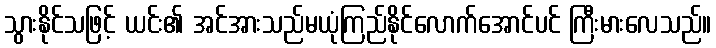
သွားနိုင်သဖြင့် ယင်း၏ အင်အားသည်မယုံကြည်နိုင်လောက်အောင်ပင် ကြီးမားလေသည်။